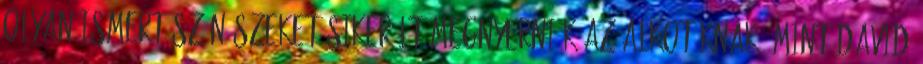
olyan ismert színészeket sikerült megnyerniük az alkotóknak, mint David